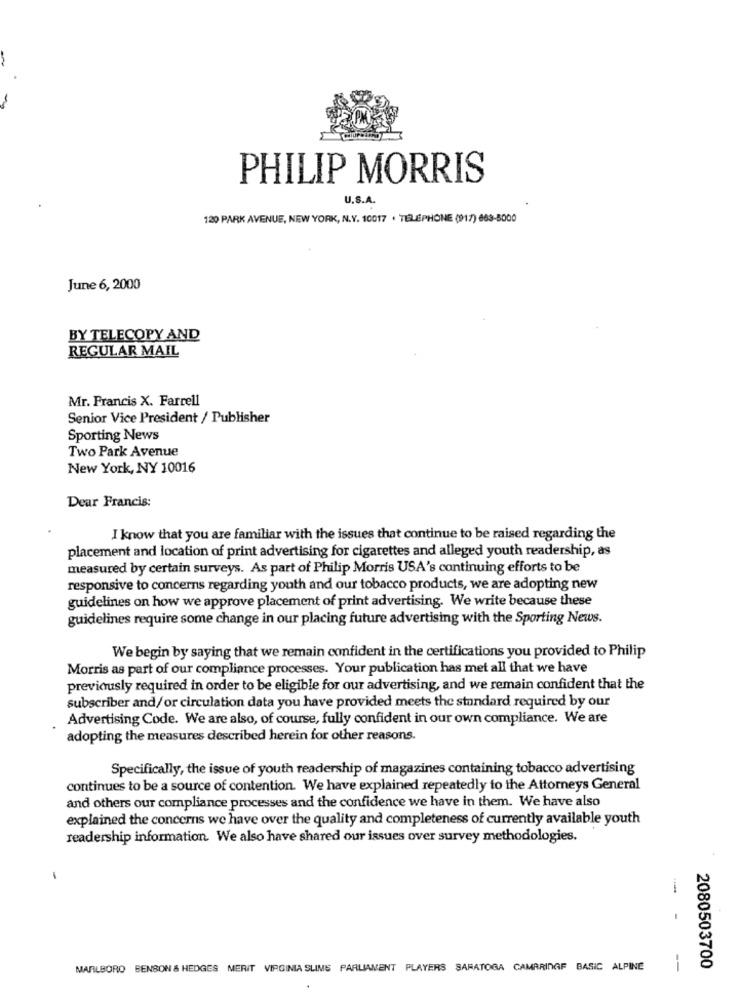
PHILIP MORRIS
U.S.A.
120 PARK AVENUE, NEW YORK, N.Y. 10017 · TÉLÉPHONE (917) 663-5000
June 6, 2000
BY TELECOPY AND
REGULAR MAIL
Mr. Francis X. Farrell
Senior Vice President / Publisher
Sporting News
Two Park Avenue
New York, NY 10016
Dear Francis:
I know that you are familiar with the issues that continue to be raised regarding the
placement and location of print advertising for cigarettes and alleged youth readership, as
measured by certain surveys. As part of Philip Morris USA's continuing efforts to be
responsive to concerns regarding youth and our tobacco products, we are adopting new
guidelines on how we approve placement of print advertising. We write because these
guidelines require some change in our placing future advertising with the Sporting News.
We begin by saying that we remain confident in the certifications you provided to Philip
Morris as part of our compliance processes. Your publication has met all that we have
previously required in order to be eligible for our advertising, and we remain confident that the
subscriber and/or circulation data you have provided meets the standard required by our
Advertising Code. We are also, of course, fully confident in our own compliance. We are
adopting the measures described herein for other reasons.
Specifically, the issue of youth readership of magazines containing tobacco advertising
continues to be a source of contention. We have explained repeatedly to the Attorneys General
and others our compliance processes and the confidence we have in them. We have also
explained the concerns we have over the quality and completeness of currently available youth
readership information. We also have shared our issues over survey methodologies.
-
MARLBORO BENSON & HEDGES MERIT VIRGINIA SLIMS PARLIAMENT PLAYERS SARATOGA CAMARINGF BASIC ALPINE
--
2080503700